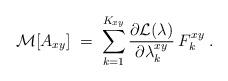
LaTeX: \begin{align*}{\cal{M}}[A_{xy}] \;=\; \sum_{k=1}^{K_{xy}} \frac{\partial {\cal{L}}(\lambda)}{\partial \lambda^{xy}_k}\: F^{xy}_k \;. \end{align*}